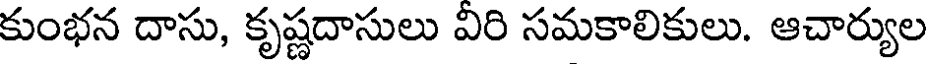
కుంభన దాసు, కృష్ణదాసులు విరి సమకాలికులు. ఆచార్యుల